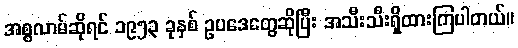
အစ္စလာမ်ဆိုရင် ၁၉၅၃ ခုနှစ် ဥပဒေတွေဆိုပြီး အသီးသီးရှိထားကြပါတယ်။